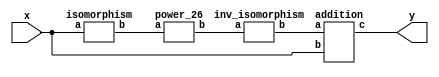
`timescale 1ns/100ps
module SMSS23_2_26_nn_2_1(x,y);
	 input [5:0] x;
	 output [5:0] y;
	 wire [5:0] z;
	 wire [5:0] w;
	 wire [5:0] p;
	 isomorphism C1 (x,z);
	 power_26 C2 (z,w);
	 inv_isomorphism C3 (w,p);
	 addition C4 (p,x,y);
endmodule

module square_base(a,b);
	 input [1:0] a;
	 output [1:0] b;
	 assign b[0]=a[1];
	 assign b[1]=a[0];
endmodule

module add_base(a,b,c);
	 input [1:0] a;
	 input [1:0] b;
	 output [1:0] c;
	 assign c[0]=a[0]^b[0];
	 assign c[1]=a[1]^b[1];
endmodule

module multiplication_base(a,b,c);
	 input [1:0] a;
	 input [1:0] b;
	 output [1:0] c;
	 wire t;
	 assign t=(a[0]&b[1])^(a[1]&b[0]);
	 assign c[0]=(a[1]&b[1])^t;
	 assign c[1]=(a[0]&b[0])^t;
endmodule

module multi_qube_base(a,b,c);
	 input [1:0] a;
	 input [1:0] b;
	 output [1:0] c;
	 wire t;
	 assign t=a[0]^(~a[0]&a[1]);
	 assign c[0]=t&b[0];
	 assign c[1]=t&b[1];
endmodule

module power_26(a,b);
	 input [5:0] a;
	 output [5:0] b;
	 wire [1:0] x_0;
	 wire [1:0] x_1;
	 wire [1:0] x_2;
	 wire [1:0] x_3;
	 wire [1:0] x_4;
	 wire [1:0] x_5;
	 wire [1:0] x_6;
	 wire [1:0] x_7;
	 wire [1:0] x_8;
	 wire [1:0] x_9;
	 wire [1:0] x_10;
	 wire [1:0] x_11;
	 wire [1:0] x_12;
	 wire [1:0] x_13;
	 wire [1:0] x_14;
	 wire [1:0] y_0;
	 wire [1:0] y_1;
	 wire [1:0] y_2;
	 wire [1:0] y_3;
	 wire [1:0] y_4;
	 wire [1:0] y_5;
	 wire [1:0] z_00;
	 wire [1:0] z_01;
	 wire [1:0] z_02;
	 wire [1:0] z_03;
	 wire [1:0] z_04;
	 wire [1:0] z_05;
	 wire [1:0] z_06;
	 wire [1:0] z_07;
	 wire [1:0] z_10;
	 wire [1:0] z_11;
	 wire [1:0] z_12;
	 wire [1:0] z_13;
	 wire [1:0] z_14;
	 wire [1:0] z_15;
	 wire [1:0] z_16;
	 wire [1:0] z_17;
	 wire [1:0] z_20;
	 wire [1:0] z_21;
	 wire [1:0] z_22;
	 wire [1:0] z_23;
	 wire [1:0] z_24;
	 wire [1:0] z_25;
	 wire [1:0] z_26;
	 wire [1:0] z_27;
	 assign y_0[0]=a[0];
	 assign y_0[1]=a[1];
	 assign y_1[0]=a[2];
	 assign y_1[1]=a[3];
	 assign y_2[0]=a[4];
	 assign y_2[1]=a[5];
	 square_base  SB1 (y_0,x_0);
	 square_base SB2 (y_1,x_1);
	 square_base SB3 (y_2,x_2);
	 multi_qube_base MQB1 (y_1,x_0,x_3);
	 multi_qube_base MQB2 (y_2,x_0,x_4);
	 multi_qube_base MQB3 (y_0,x_1,x_5);
	 multi_qube_base MQB4 (y_2,x_1,x_6);
	 multi_qube_base MQB5 (y_0,x_2,x_7);
	 multi_qube_base MQB6 (y_1,x_2,x_8);
	 multiplication_base MB1 (y_0,y_1,x_9);
	 multiplication_base MB2 (y_0,y_2,x_10);
	 multiplication_base MB3 (y_1,y_2,x_11);
	 multiplication_base MB4 (x_1,x_2,y_3);
	 multiplication_base MB5 (y_0,y_3,x_12);
	 multiplication_base MB6 (x_0,x_2,y_4);
	 multiplication_base MB7 (y_1,y_4,x_13);
	 multiplication_base MB8 (x_0,x_1,y_5);
	 multiplication_base MB9 (y_2,y_5,x_14);
	 add_base AB00 (x_1,x_2,z_00);
	 add_base AB01 (x_4,z_00,z_01);
	 add_base AB02 (x_5,z_01,z_02);
	 add_base AB03 (x_6,z_02,z_03);
	 add_base AB04 (x_9,z_03,z_04);
	 add_base AB05 (x_11,z_04,z_05);
	 add_base AB06 (x_12,z_05,z_06);
	 add_base AB07 (x_13,z_06,z_07);
	 add_base AB10 (x_0,x_2,z_10);
	 add_base AB11 (x_5,z_10,z_11);
	 add_base AB12 (x_7,z_11,z_12);
	 add_base AB13 (x_8,z_12,z_13);
	 add_base AB14 (x_10,z_13,z_14);
	 add_base AB15 (x_11,z_14,z_15);
	 add_base AB16 (x_13,z_15,z_16);
	 add_base AB17 (x_14,z_16,z_17);
	 add_base AB20 (x_0,x_1,z_20);
	 add_base AB21 (x_3,z_20,z_21);
	 add_base AB22 (x_4,z_21,z_22);
	 add_base AB23 (x_8,z_22,z_23);
	 add_base AB24 (x_9,z_23,z_24);
	 add_base AB25 (x_10,z_24,z_25);
	 add_base AB26 (x_12,z_25,z_26);
	 add_base AB27 (x_14,z_26,z_27);
	 assign b[0]=z_07[0];
	 assign b[1]=z_07[1];
	 assign b[2]=z_17[0];
	 assign b[3]=z_17[1];
	 assign b[4]=z_27[0];
	 assign b[5]=z_27[1];
endmodule

module inv_isomorphism(a,b);
	 input [5:0] a;
	 output [5:0] b;
	 assign b[0]=a[0]^a[4];
	 assign b[1]=a[3]^a[5];
	 assign b[2]=a[0]^a[2]^a[3]^a[5];
	 assign b[3]=a[0]^a[1]^a[3]^a[5];
	 assign b[4]=a[1];
	 assign b[5]=a[2]^a[3]^a[5];
endmodule

module isomorphism(a,b);
	 input [5:0] a;
	 output [5:0] b;
	 assign b[0]=a[0]^a[5];
	 assign b[1]=a[0]^a[4]^a[5];
	 assign b[2]=a[0]^a[1]^a[2]^a[5];
	 assign b[3]=a[0]^a[3];
	 assign b[4]=a[0]^a[2]^a[4]^a[5];
	 assign b[5]=a[0]^a[1];
endmodule

module addition(a,b,c);
	 input [5:0] a;
	 input [5:0] b;
	 wire t;
	 output [5:0] c;
	 assign t=b[2]^b[4];
	 assign c[0]=a[0]^t;
	 assign c[1]=a[1]^t;
	 assign c[2]=a[2]^t;
	 assign c[3]=a[3]^t;
	 assign c[4]=a[4]^t;
	 assign c[5]=a[5]^t;
endmodule